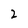
Character: 2